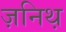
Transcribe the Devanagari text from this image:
ज़निथ़